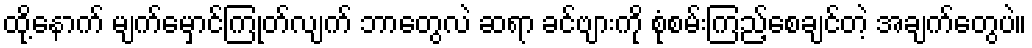
ထို့နောက် မျက်မှောင်ကြုတ်လျက် ဘာတွေလဲ ဆရာ ခင်ဗျားကို စုံစမ်းကြည့်စေချင်တဲ့ အချက်တွေပဲ။